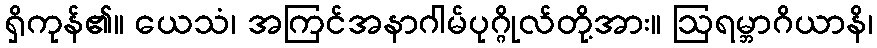
ရှိကုန်၏။ ယေသံ၊ အကြင်အနာဂါမ်ပုဂ္ဂိုလ်တို့အား။ ဩရမ္ဘာဂိယာနိ၊